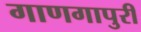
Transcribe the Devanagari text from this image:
गाणगापुरी